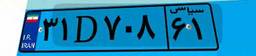
۸۷D۲۷۶۶۴